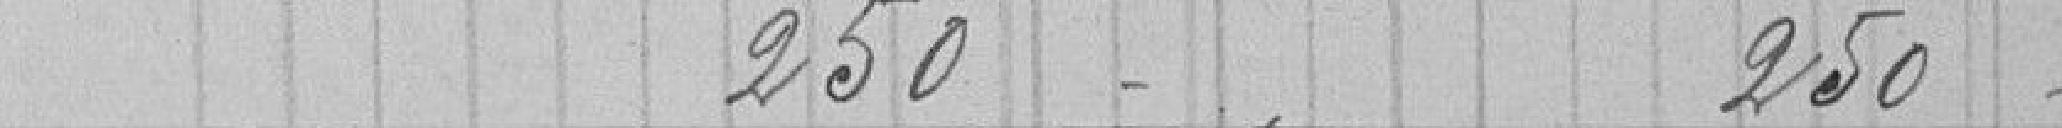
250 - 250 -